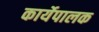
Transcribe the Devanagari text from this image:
कार्येपालक